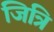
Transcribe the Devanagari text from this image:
जित्रि